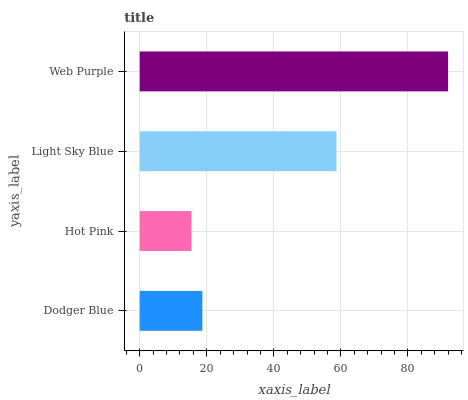
| yaxis_label | bars |
 | --- | --- |
 | Dodger Blue | 18.7 |
 | Hot Pink | 15.4 |
 | Light Sky Blue | 58.7 |
 | Web Purple | 92 |